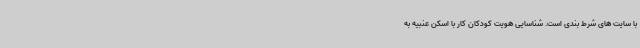
با سایت های شرط بندی است. شناسایی هویت کودکان کار با اسکن عنبیه به